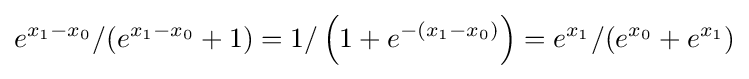
e^{x_{1}-x_{0}}/(e^{x_{1}-x_{0}}+1)=1/\left(1+e^{-(x_{1}-x_{0})}\right)=e^{x_{1}}/(e^{x_{0}}+e^{x_{1}})